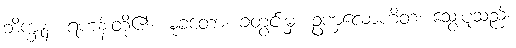
ဘိက္ခူနံ၊ ရဟန်းတို့၏။ မုခတော၊ ခံတွင်းမှ။ ဥဏှလောဟိတံ၊ သွေးပူသည်။